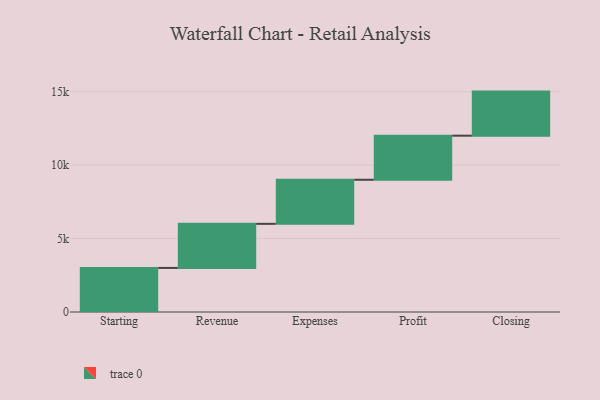
{"axis": {"x": "Step", "y": "Value"}, "legend": [""], "data": [{"x": "Starting", "y": 3000, "type": ""}, {"x": "Revenue", "y": 3000, "type": ""}, {"x": "Expenses", "y": 3000, "type": ""}, {"x": "Profit", "y": 3000, "type": ""}, {"x": "Closing", "y": 3000, "type": ""}]}